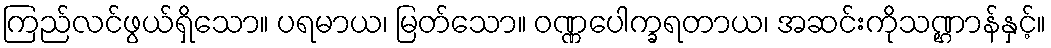
ကြည်လင်ဖွယ်ရှိသော။ ပရမာယ၊ မြတ်သော။ ဝဏ္ဏပေါက္ခရတာယ၊ အဆင်းကိုသဏ္ဌာန်နှင့်။